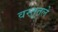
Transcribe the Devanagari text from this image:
वस्तूतले